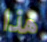
هذا